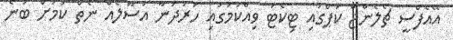
އޭއެފްސީ ޗެލެންޖް ކަޕްގައި ޓިކެޓު ވިއްކުމުގައި ހަރުދަނާ އުސޫލެއް ނެތް ކަމަށް ބުނެ